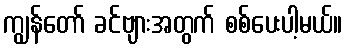
ကျွန်တော် ခင်ဗျားအတွက် စစ်ပေးပါ့မယ်။